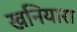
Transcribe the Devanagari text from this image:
खनियारा